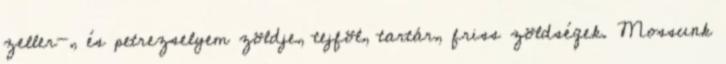
zeller-, és petrezselyem zöldje, tejföl, tartár, friss zöldségek. Mossunk